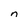
Character: n